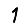
Digit: 1